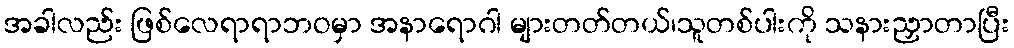
အခါလည်း ဖြစ်လေရာရာဘဝမှာ အနာရောဂါ များတတ်တယ်၊သူတစ်ပါးကို သနားညှာတာပြီး